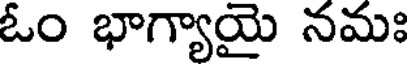
ఓం భాగ్యాయై నమః